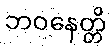
ဘဝနေတ္တိ